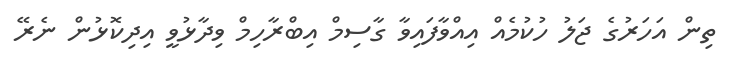
ތިން އަހަރުގެ ޖަލު ހުކުމެއް އިއްވާފައިވާ ގާސިމް އިބްރާހިމް ވިދާޅުވީ އިދިކޮޅުން ނެރޭ